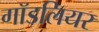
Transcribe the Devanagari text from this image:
गॉडलियर